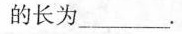
的长为___。